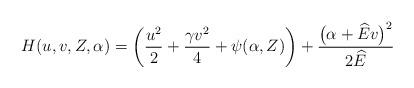
LaTeX: \begin{align*}H(u,v,Z,\alpha) = \biggl( \frac{u^2}{2}+\frac{\gamma v^2}{4} + \psi(\alpha,Z) \biggr) +\frac{\bigl(\alpha+\widehat{E} v \bigr)^2}{2 \widehat{E}}\end{align*}